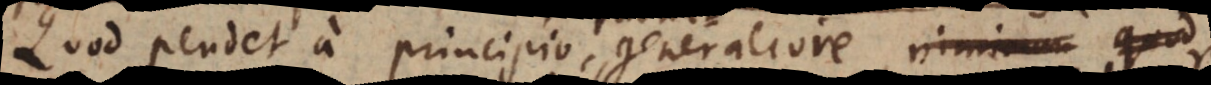
Quod pendet a principio generaliore, D